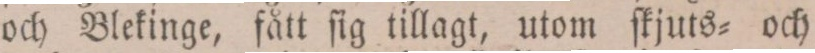
och Blekinge, fått ſig tillagt, utom ſkjuts= och